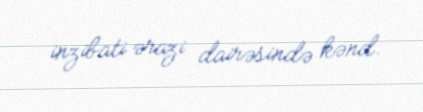
inzibati ərazi dairəsində kənd.